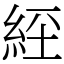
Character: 𦀇